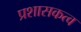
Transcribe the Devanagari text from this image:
प्रशासकत्व